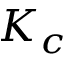
K _ { c }